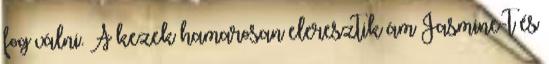
fog válni. A kezek hamarosan eleresztik ám Jasmine-t és